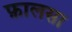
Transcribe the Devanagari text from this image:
फ़ालसा